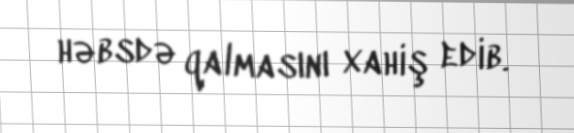
həbsdə qalmasını xahiş edib.